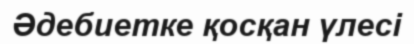
Әдебиетке қосқан үлесі